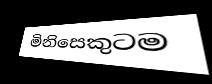
මිනිසෙකුටම